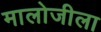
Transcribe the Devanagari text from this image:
मालोजीला